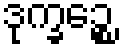
ဒုက္ခဉ္စေ